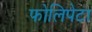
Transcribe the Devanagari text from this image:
फोलिपेटा